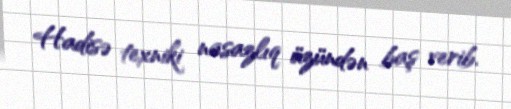
Hadisə texniki nasazlıq üzündən baş verib.